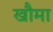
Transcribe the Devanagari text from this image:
खौमा